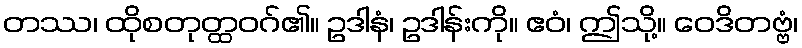
တဿ၊ ထိုစတုတ္ထဝဂ်၏။ ဥဒါနံ၊ ဥဒါန်းကို။ ဧဝံ၊ ဤသို့။ ဝေဒိတဗ္ဗံ၊